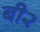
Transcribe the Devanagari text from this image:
बी२